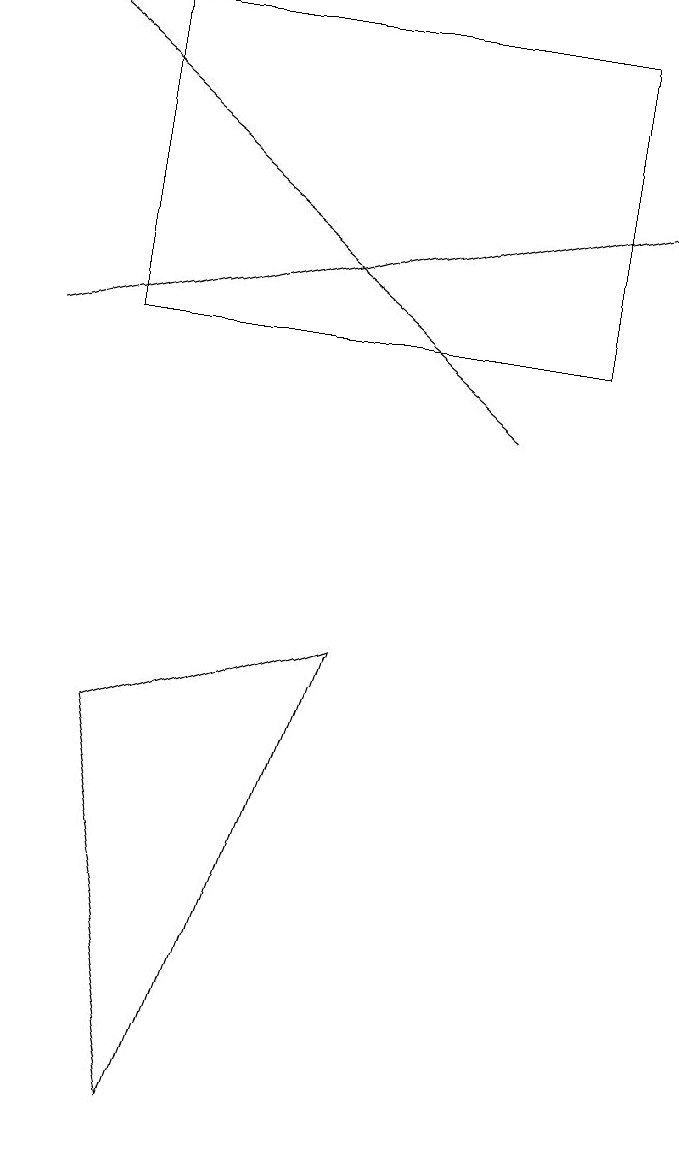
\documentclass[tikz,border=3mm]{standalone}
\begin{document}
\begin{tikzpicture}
\draw[->] (0,13) -- (8,15);
\draw (4,9) -- (1,8) -- (2,3) -- cycle;
\draw (1,13) rectangle (7,17);
\draw[->] (6,12) -- (0,17);
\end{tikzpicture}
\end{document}